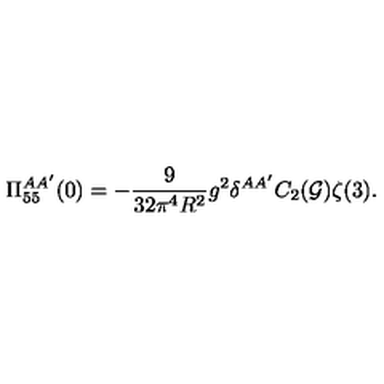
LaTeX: \Pi _ { 5 5 } ^ { A A ^ { \prime } } ( 0 ) = - \frac { 9 } { 3 2 \pi ^ { 4 } R ^ { 2 } } g ^ { 2 } \delta ^ { A A ^ { \prime } } C _ { 2 } ( { \cal G } ) \zeta ( 3 ) .